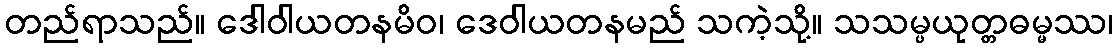
တည်ရာသည်။ ဒေါဝါယတနမိဝ၊ ဒေဝါယတနမည် သကဲ့သို့။ သသမ္ပယုတ္တဓမ္မဿ၊